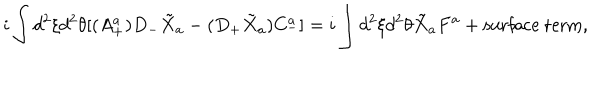
i \int d ^ { 2 } \xi d ^ { 2 } \theta [ ( A _ { + } ^ { a } ) D _ { - } \tilde { X } _ { a } - ( D _ { + } \tilde { X } _ { a } ) C _ { - } ^ { a } ] = i \int d ^ { 2 } \xi d ^ { 2 } \theta \tilde { X } _ { a } F ^ { a } + \mathrm { s u r f a c e ~ t e r m } ,